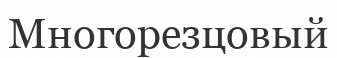
Многорезцовый